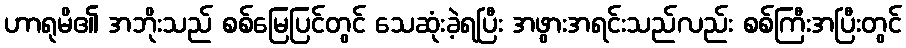
ဟာရုမိ၏ အဘိုးသည် စစ်မြေပြင်တွင် သေဆုံးခဲ့ရပြီး အဖွားအရင်းသည်လည်း စစ်ကြီးအပြီးတွင်